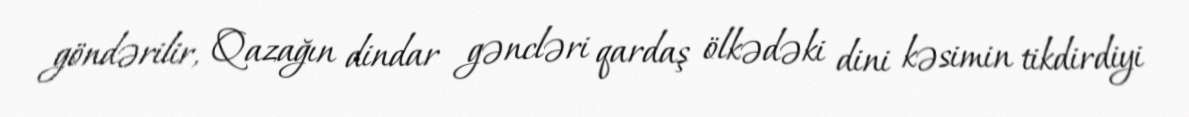
göndərilir, Qazağın dindar gəncləri qardaş ölkədəki dini kəsimin tikdirdiyi